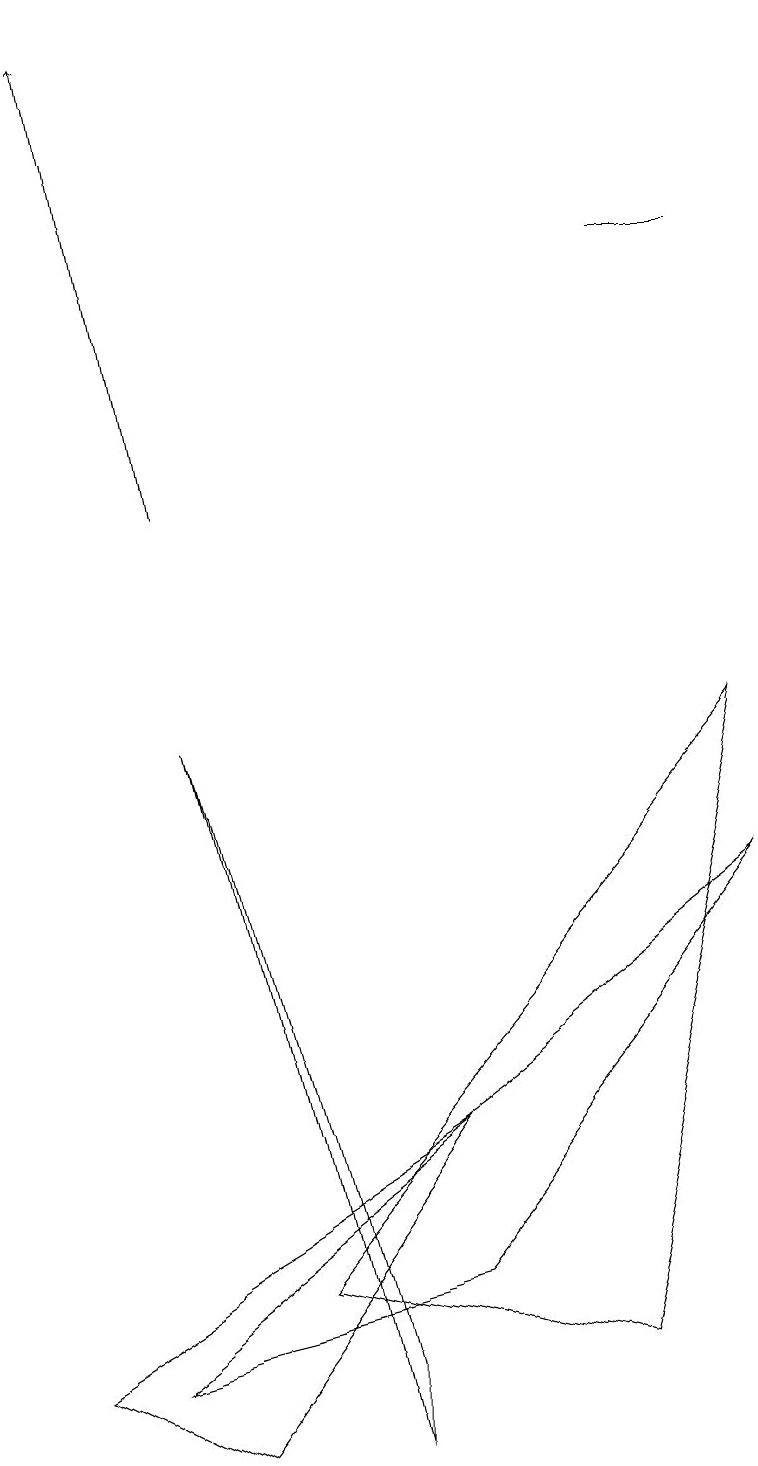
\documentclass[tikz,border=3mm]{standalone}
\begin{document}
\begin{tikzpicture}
\draw (9,15) rectangle (8,15);
\draw (3,2) -- (7,1) -- (9,9) -- cycle;
\draw (2,0) -- (5,4) -- (0,1) -- cycle;
\draw[->] (2,12) -- (1,18);
\draw (9,7) -- (5,2) -- (1,1) -- cycle;
\draw (4,1) -- (4,0) -- (2,9) -- cycle;
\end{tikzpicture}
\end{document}